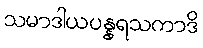
သမာဒါယပန္နရသကာဒိ